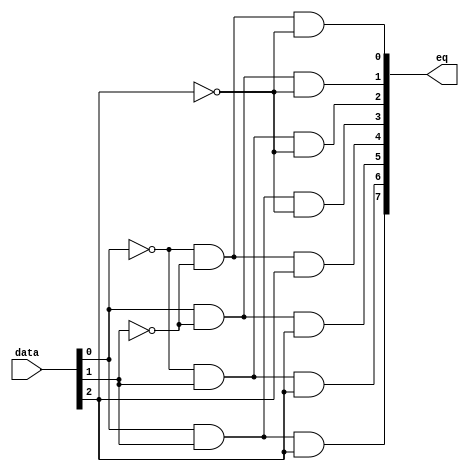
module  lpm_decode1_decode
	( 
	data,
	eq) /* synthesis synthesis_clearbox=1 */;
	input   [2:0]  data;
	output   [7:0]  eq;
`ifndef ALTERA_RESERVED_QIS
// synopsys translate_off
`endif
	tri0   [2:0]  data;
`ifndef ALTERA_RESERVED_QIS
// synopsys translate_on
`endif

	wire  [2:0]  data_wire;
	wire  [7:0]  eq_node;
	wire  [7:0]  eq_wire;
	wire  [3:0]  w_anode19w;
	wire  [3:0]  w_anode1w;
	wire  [3:0]  w_anode30w;
	wire  [3:0]  w_anode41w;
	wire  [3:0]  w_anode52w;
	wire  [3:0]  w_anode63w;
	wire  [3:0]  w_anode74w;
	wire  [3:0]  w_anode85w;

	assign
		data_wire = data,
		eq = eq_node,
		eq_node = eq_wire[7:0],
		eq_wire = {w_anode85w[3], w_anode74w[3], w_anode63w[3], w_anode52w[3], w_anode41w[3], w_anode30w[3], w_anode19w[3], w_anode1w[3]},
		w_anode19w = {(w_anode19w[2] & (~ data_wire[2])), (w_anode19w[1] & (~ data_wire[1])), (w_anode19w[0] & data_wire[0]), 1'b1},
		w_anode1w = {(w_anode1w[2] & (~ data_wire[2])), (w_anode1w[1] & (~ data_wire[1])), (w_anode1w[0] & (~ data_wire[0])), 1'b1},
		w_anode30w = {(w_anode30w[2] & (~ data_wire[2])), (w_anode30w[1] & data_wire[1]), (w_anode30w[0] & (~ data_wire[0])), 1'b1},
		w_anode41w = {(w_anode41w[2] & (~ data_wire[2])), (w_anode41w[1] & data_wire[1]), (w_anode41w[0] & data_wire[0]), 1'b1},
		w_anode52w = {(w_anode52w[2] & data_wire[2]), (w_anode52w[1] & (~ data_wire[1])), (w_anode52w[0] & (~ data_wire[0])), 1'b1},
		w_anode63w = {(w_anode63w[2] & data_wire[2]), (w_anode63w[1] & (~ data_wire[1])), (w_anode63w[0] & data_wire[0]), 1'b1},
		w_anode74w = {(w_anode74w[2] & data_wire[2]), (w_anode74w[1] & data_wire[1]), (w_anode74w[0] & (~ data_wire[0])), 1'b1},
		w_anode85w = {(w_anode85w[2] & data_wire[2]), (w_anode85w[1] & data_wire[1]), (w_anode85w[0] & data_wire[0]), 1'b1};
endmodule
module lpm_decode1 (
	data,
	eq1,
	eq2,
	eq3,
	eq4,
	eq5)/* synthesis synthesis_clearbox = 1 */;

	input	[2:0]  data;
	output	  eq1;
	output	  eq2;
	output	  eq3;
	output	  eq4;
	output	  eq5;

	wire [7:0] sub_wire0;
	wire [5:5] sub_wire5 = sub_wire0[5:5];
	wire [4:4] sub_wire4 = sub_wire0[4:4];
	wire [3:3] sub_wire3 = sub_wire0[3:3];
	wire [2:2] sub_wire2 = sub_wire0[2:2];
	wire [1:1] sub_wire1 = sub_wire0[1:1];
	wire  eq1 = sub_wire1;
	wire  eq2 = sub_wire2;
	wire  eq3 = sub_wire3;
	wire  eq4 = sub_wire4;
	wire  eq5 = sub_wire5;

	lpm_decode1_decode	lpm_decode1_decode_component (
				.data (data),
				.eq (sub_wire0));

endmodule